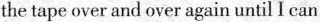
the tape over and over again until I can